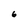
Character: 6